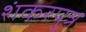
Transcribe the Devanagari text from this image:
शंकरपुत्र